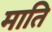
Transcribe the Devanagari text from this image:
माति